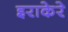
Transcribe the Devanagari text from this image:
इराकेरे